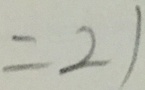
= 2 1